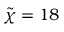
\tilde { \chi } = 1 8